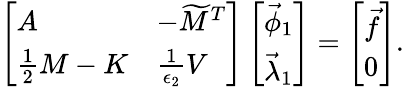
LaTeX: \begin{array}{r}{\left[\begin{array}{ll}{A}&{-\widetilde{M}^{T}}\\ {\frac 12M-K}&{\frac{1}{\epsilon_{2}}V}\end{array}\right]\left[\begin{array}{l}{\vec{\phi}_{1}}\\ {\vec{\lambda}_{1}}\end{array}\right]=\left[\begin{array}{l}{\vec{f}}\\ {0}\end{array}\right].}\end{array}